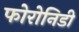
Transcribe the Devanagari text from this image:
फोरोनिडी